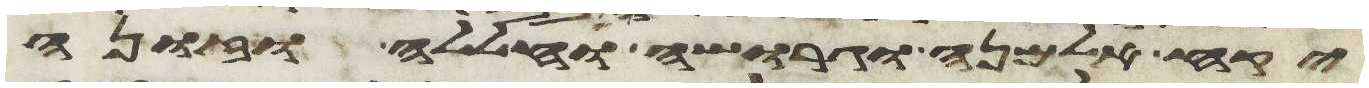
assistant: יקח אלמנה וגרושה וחללה וזונה